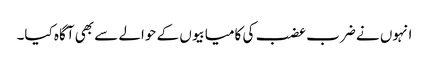
انہوں نے ضرب عضب کی کامیابیوں کے حوالے سے بھی آگاہ کیا۔